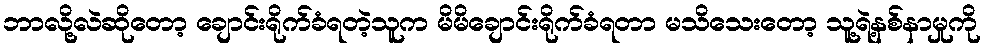
ဘာလို့လဲဆိုတော့ ချောင်းရိုက်ခံရတဲ့သူက မိမိချောင်းရိုက်ခံရတာ မသိသေးတော့ သူ့ရဲ့နစ်နာမှုကို